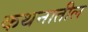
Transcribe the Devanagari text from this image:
कथनातील